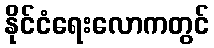
နိုင်ငံရေးလောကတွင်